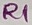
Text: R1